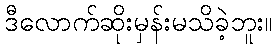
ဒီလောက်ဆိုးမှန်းမသိခဲ့ဘူး။